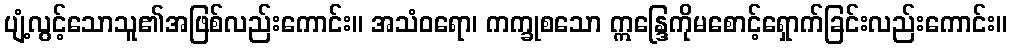
ပျံ့လွင့်သောသူ၏အဖြစ်လည်းကောင်း။ အသံဝရော၊ ကက္ခုစသော ဣန္ဒြေကိုမစောင့်ရှောက်ခြင်းလည်းကောင်း။